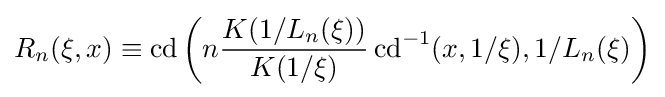
R_{n}(\xi ,x)\equiv \mathrm {cd} \left(n{\frac {K(1/L_{n}(\xi ))}{K(1/\xi )}}\,\mathrm {cd} ^{-1}(x,1/\xi ),1/L_{n}(\xi )\right)